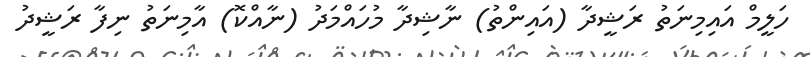
ހަލީމް އައިމިނަތު ރަޝީދާ (އައިންތު) ނާޝިދާ މުހައްމަދު (ނާއްކޮ) އާމިނަތު ނިފާ ރަޝީދު